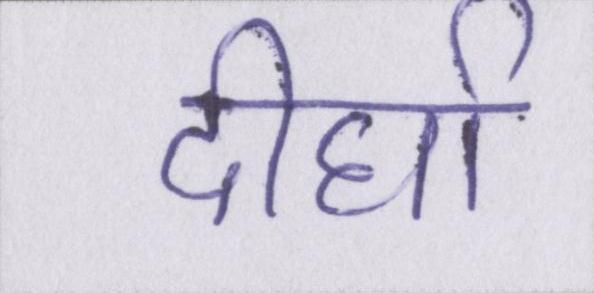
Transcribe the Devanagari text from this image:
दीर्घा